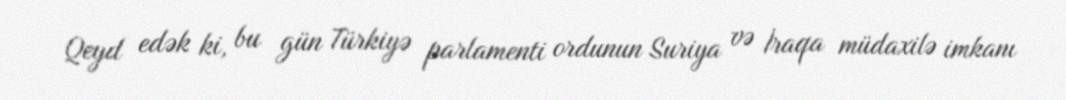
Qeyd edək ki, bu gün Türkiyə parlamenti ordunun Suriya və İraqa müdaxilə imkanı